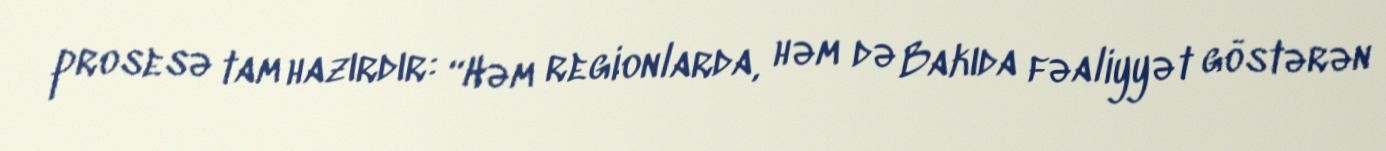
prosesə tam hazırdır: “Həm regionlarda, həm də Bakıda fəaliyyət göstərən